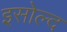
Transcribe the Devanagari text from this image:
इसोल्द